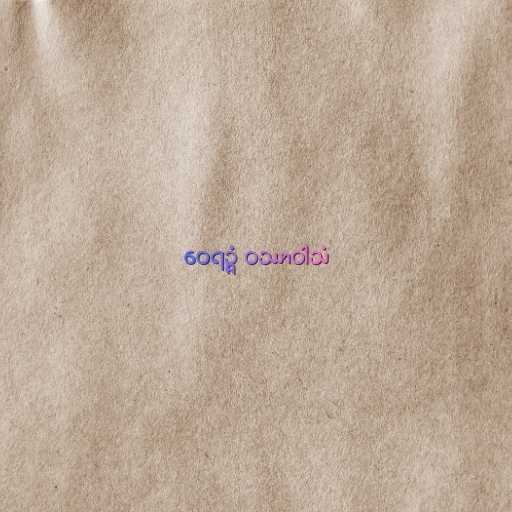
ဝေရဉ္ဇံ ဝဿာဝါသံ